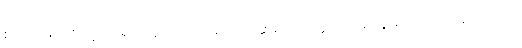
စံပယ်ဖြူနု စတဲ့ သရုပ်မှန်လိုင်းက စာရေးဆရာမတွေလည်း အများအပြား ရှိပါတယ်။